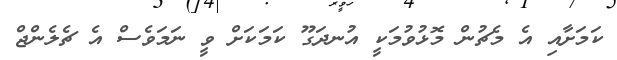
ކަމަށާއި އެ މެޗުން މޮޅުވުމަކީ އުނދަގޫ ކަމަކަށް ވީ ނަމަވެސް އެ ޗެލެންޖް